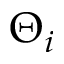
\Theta _ { i }